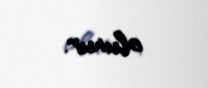
olunur.